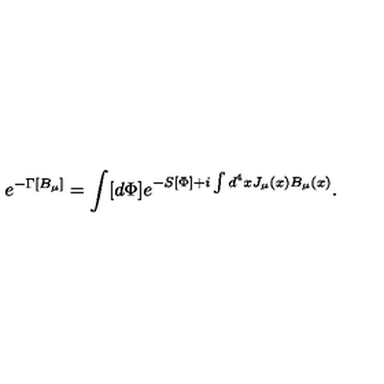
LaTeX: e ^ { - \Gamma [ B _ { \mu } ] } = \int [ d \Phi ] e ^ { - S [ \Phi ] + i \int d ^ { 4 } x J _ { \mu } ( x ) B _ { \mu } ( x ) } .